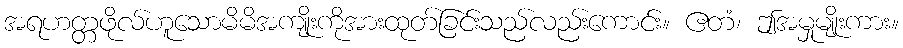
အရဟတ္တဖိုလ်ဟူသောမိမိအကျိုးကိုအားထုတ်ခြင်းသည်လည်းကောင်း။ ဧတံ၊ ဤအမှုမျိုးကား။